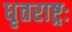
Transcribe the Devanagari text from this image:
धृतराष्ट्रः